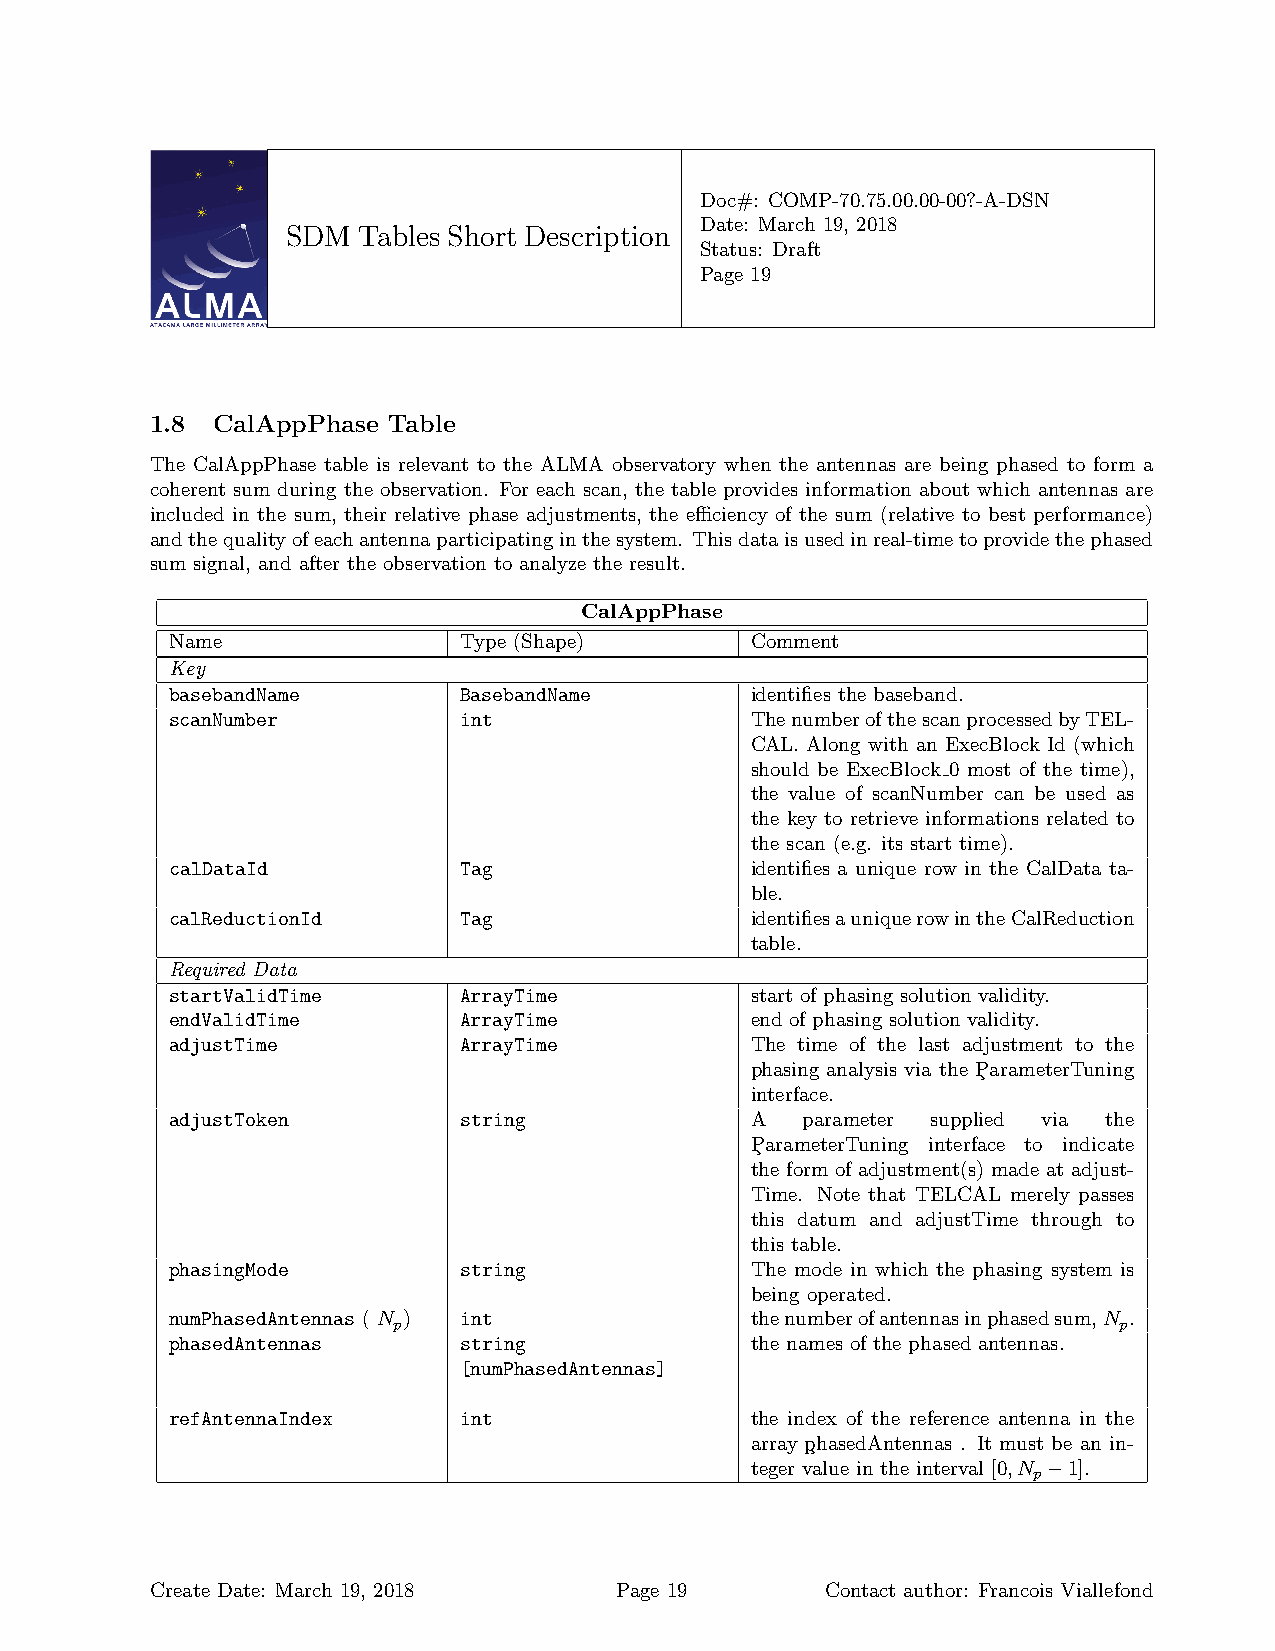
Doc#: COMP-70.75.00.00-00?-A-DSN
 Date: March 19, 2018
 SDM  Tables Short Description
 Status: Draft
 Page 19
 1.8 CalAppPhase Table
 The CalAppPhase table is relevant to the ALMA observatory when the antennas are being phased to form a
 coherent sum during the observation. For each scan, the table provides information about which antennas are
 included in the sum, their relative phase adjustments, the efficiency of the sum (relative to best performance)
 andthequalityofeachantennaparticipatinginthesystem. Thisdataisusedinreal-timetoprovidethephased
 sum signal, and after the observation to analyze the result.
 CalAppPhase
 Name               Type (Shape)        Comment
 Key
 basebandName       BasebandName        identifies the baseband.
 scanNumber         int                 ThenumberofthescanprocessedbyTEL-
 CAL. Along with an ExecBlock Id (which
 should be ExecBlock 0 most of the time),
 the value of scanNumber can be used as
 the key to retrieve informations related to
 the scan (e.g. its start time).
 calDataId          Tag                 identifies a unique row in the CalData ta-
 ble.
 calReductionId     Tag                 identifiesauniquerowintheCalReduction
 table.
 Required Data
 startValidTime     ArrayTime           start of phasing solution validity.
 endValidTime       ArrayTime           end of phasing solution validity.
 adjustTime         ArrayTime           The time of the last adjustment to the
 phasing analysis via the P¸arameterTuning
 interface.
 adjustToken        string              A  parameter supplied via the
 P¸arameterTuning interface to indicate
 the form of adjustment(s) made at adjust-
 Time. Note that TELCAL merely passes
 this datum and adjustTime through to
 this table.
 phasingMode        string              The mode in which the phasing system is
 being operated.
 numPhasedAntennas ( N ) int            thenumberofantennasinphasedsum,N .
 p                                               p
 phasedAntennas     string              the names of the phased antennas.
 [numPhasedAntennas]
 refAntennaIndex    int                 the index of the reference antenna in the
 array p¸hasedAntennas . It must be an in-
 teger value in the interval [0,N −1].
 p
 Create Date: March 19, 2018    Page 19       Contact author: Francois Viallefond